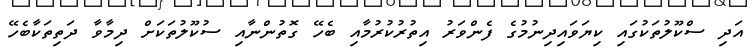
އަދި ސްކޫލުތަކުގައި ކިޔަވައިދިނުމުގެ ފެންވަރު އިތުރުކުރުމާއި ބެހޭ ގޮތުންނާއި ސުކޫލުތަކަށް ދިމާވާ ދަތިތަކާބެހޭ